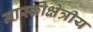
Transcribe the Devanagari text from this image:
मास्कोक्षेत्रीय